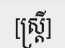
[ស្ត្រី]